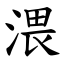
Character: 渨